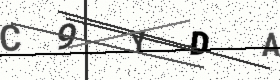
Text: C9YDA